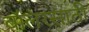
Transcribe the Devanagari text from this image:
बॉलरसाठी